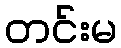
တင်းမ